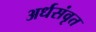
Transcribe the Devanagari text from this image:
अर्धसंवृत